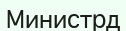
Министрд